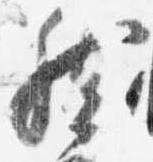
然